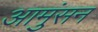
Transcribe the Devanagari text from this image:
आमुंसन